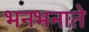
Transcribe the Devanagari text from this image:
भनभनाते